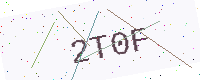
Text: 2T0F